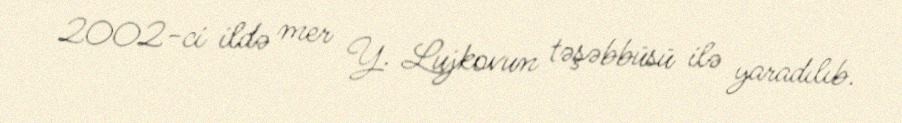
2002-ci ildə mer Y. Lujkovun təşəbbüsü ilə yaradılıb.